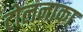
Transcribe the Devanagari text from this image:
टोलनाका